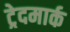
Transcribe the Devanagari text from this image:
ट्रेदमार्क